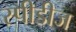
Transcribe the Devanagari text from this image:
स्पीडीज